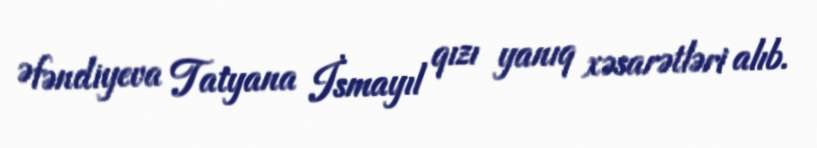
Əfəndiyeva Tatyana İsmayıl qızı yanıq xəsarətləri alıb.